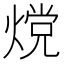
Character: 𬊵